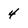
Character: 4